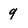
Character: q